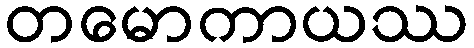
တမောကာယဿ